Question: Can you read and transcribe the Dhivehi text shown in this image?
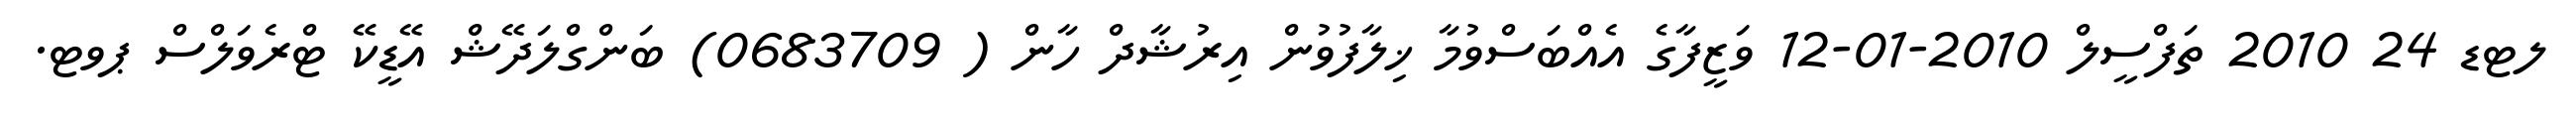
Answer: ލޓޑ 24 2010 ތަފްސީލް 2010-01-12 ވަޒީފާގެ އެއްބަސްވުމާ ޚިލާފުވުން އިރުޝާދް ހާން ( 0683709) ބަންގްލަދޭޝް އޭޑީކޭ ޓްރެވަލްސް ޕވޓ.